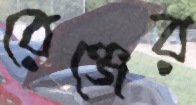
রেঞ্জের